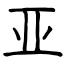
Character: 亚